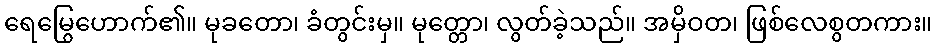
ရေမြွေဟောက်၏။ မုခတော၊ ခံတွင်းမှ။ မုတ္တော၊ လွတ်ခဲ့သည်။ အမှိဝတ၊ ဖြစ်လေစွတကား။